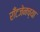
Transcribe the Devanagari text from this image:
राँटजेनच्या